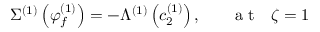
\Sigma ^ { ( 1 ) } \left( \varphi _ { f } ^ { ( 1 ) } \right) = - \Lambda ^ { ( 1 ) } \left( c _ { 2 } ^ { ( 1 ) } \right) , ~ ~ ~ ~ ~ \mathrm { ~ a ~ t ~ } ~ ~ \zeta = 1